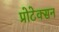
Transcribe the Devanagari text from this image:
प्रोटेक्सन